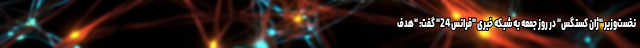
نخست‌وزیر "ژان کستگس" در روز جمعه به شبکه خبری "فرانس 24" گفت: "هدف